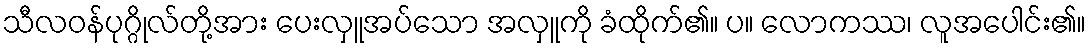
သီလဝန်ပုဂ္ဂိုလ်တို့အား ပေးလှူအပ်သော အလှူကို ခံထိုက်၏။ ပ။ လောကဿ၊ လူအပေါင်း၏။